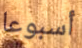
أسبوعا